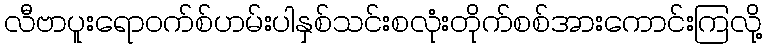
လီဗာပူးရောဝက်စ်ဟမ်းပါနှစ်သင်းစလုံးတိုက်စစ်အားကောင်းကြလို့